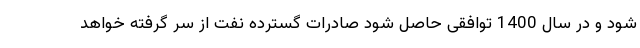
شود و در سال 1400 توافقی حاصل شود صادرات گسترده نفت از سر گرفته خواهد